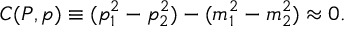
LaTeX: C ( P , p ) \equiv ( p _ { 1 } ^ { 2 } - p _ { 2 } ^ { 2 } ) - ( m _ { 1 } ^ { 2 } - m _ { 2 } ^ { 2 } ) \approx 0 .